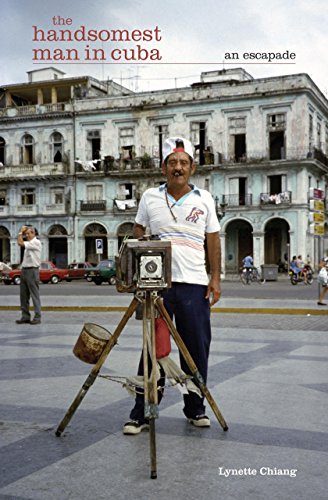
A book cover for The Handsomest Man in Cuba: An Escapade; Lynette Chiang; Travel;